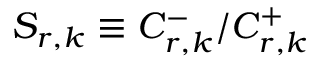
{ \cal S } _ { r , k } \equiv C _ { r , k } ^ { - } / C _ { r , k } ^ { + }